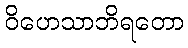
ဝိဟေသာဘိရတော